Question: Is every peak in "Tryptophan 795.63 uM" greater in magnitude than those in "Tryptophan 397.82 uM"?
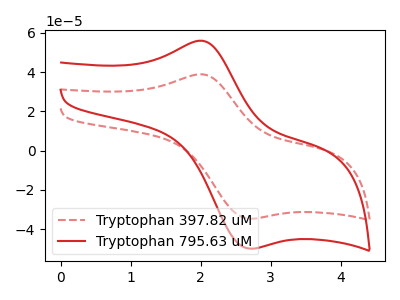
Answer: <think>The red dashed curve "Tryptophan 397.82 uM" has an anodic peak at (2.00V, 38.85uA) and a cathodic peak at (2.70V, -34.60uA). The red curve "Tryptophan 795.63 uM" has an anodic peak at (2.00V, 55.95uA) and a cathodic peak at (2.70V, -49.85uA).</think>
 <answer>Every peak in "Tryptophan 795.63 uM" is higher than every peak in "Tryptophan 397.82 uM".</answer>
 <eval>higher</eval>